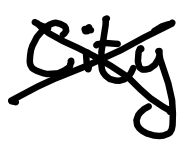
Text: city
Cross-out: mix
Writing tool: digital_black